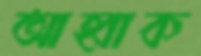
আহ্বাক